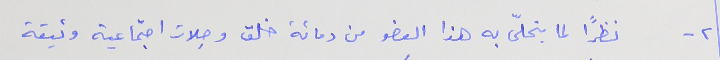
٢ - نظراً لما يتحلّى به هذا العضو من دماثة خلق وصِلات اجتماعية وثيقة